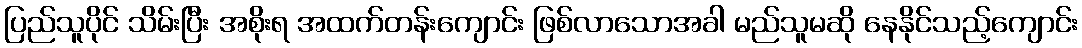
ပြည်သူပိုင် သိမ်းပြီး အစိုးရ အထက်တန်းကျောင်း ဖြစ်လာသောအခါ မည်သူမဆို နေနိုင်သည့်ကျောင်း